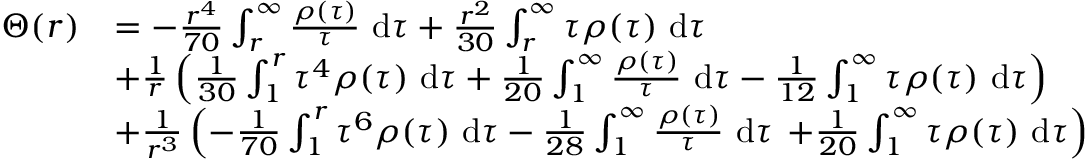
\begin{array} { r l } { \Theta ( r ) } & { = - \frac { r ^ { 4 } } { 7 0 } \int _ { r } ^ { \infty } \frac { \rho ( \tau ) } { \tau } ~ \mathrm { d } \tau + \frac { r ^ { 2 } } { 3 0 } \int _ { r } ^ { \infty } \tau \rho ( \tau ) ~ \mathrm { d } \tau } \\ & { + \frac { 1 } { r } \left( \frac { 1 } { 3 0 } \int _ { 1 } ^ { r } \tau ^ { 4 } \rho ( \tau ) ~ \mathrm { d } \tau + \frac { 1 } { 2 0 } \int _ { 1 } ^ { \infty } \frac { \rho ( \tau ) } { \tau } ~ \mathrm { d } \tau - \frac { 1 } { 1 2 } \int _ { 1 } ^ { \infty } \tau \rho ( \tau ) ~ \mathrm { d } \tau \right) } \\ & { + \frac { 1 } { r ^ { 3 } } \left( - \frac { 1 } { 7 0 } \int _ { 1 } ^ { r } \tau ^ { 6 } \rho ( \tau ) ~ \mathrm { d } \tau - \frac { 1 } { 2 8 } \int _ { 1 } ^ { \infty } \frac { \rho ( \tau ) } { \tau } ~ \mathrm { d } \tau \right. \left. + \frac { 1 } { 2 0 } \int _ { 1 } ^ { \infty } \tau \rho ( \tau ) ~ \mathrm { d } \tau \right) } \end{array}